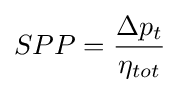
SPP={\Delta p_{t} \over \eta _{tot}}